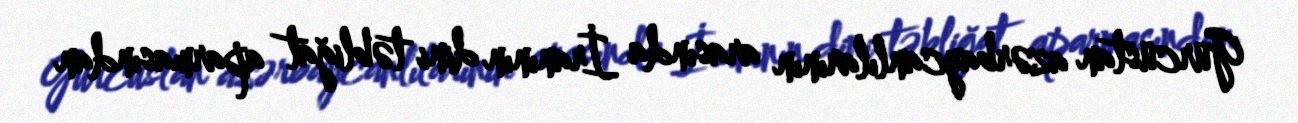
Gürcüstan azərbaycanlılarının arasında İranının dini təbliğat aparmasından